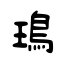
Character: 鳿